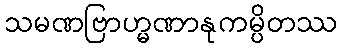
သမဏဗြာဟ္မဏာနုကမ္ပိတဿ